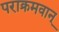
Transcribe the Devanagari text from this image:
पराक्रमवान्